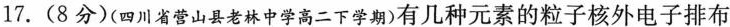
17.(8分)(四川省营山县老林中学高二下学期)有几种元素的粒子核外电子排布